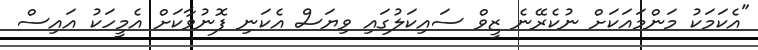
"އެކަމަކު މަންމައަކަށް ނުކެރޭނެ ޒީވް ސައިކަލުގައި ވިޔަސް އެކަނި ފޮނުވާކަށް އެމީހަކު އައިސް